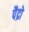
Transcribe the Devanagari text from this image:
पैद्रो